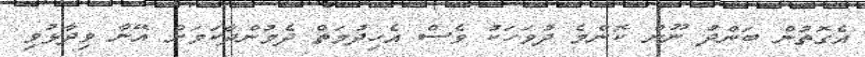
އެގޮތުން ބަންދު ނޫން ކޮންމެ ދުވަހަކު ވެސް އެހިދުމަތް ދެމުންދާކަމަށް އޭނާ ވިދާޅުވި